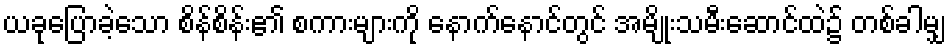
ယခုပြောခဲ့သော စိန်စိန်း၏ စကားများကို နောက်နောင်တွင် အမျိုးသမီးဆောင်ထဲ၌ တစ်ခါမျှ